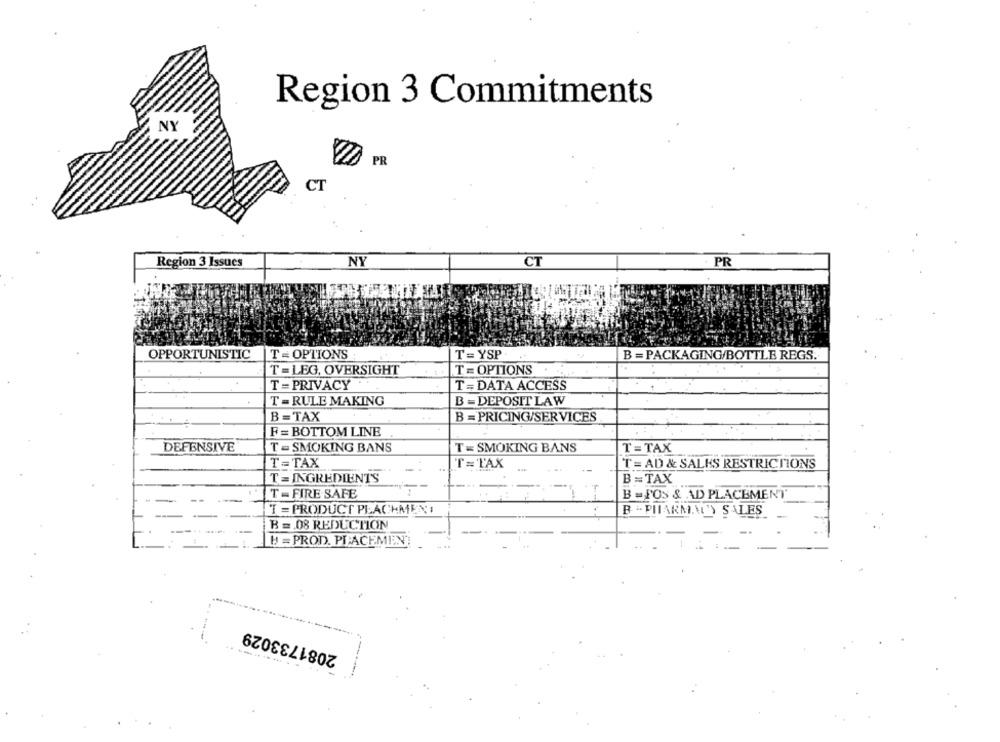
Region 3 Commitments
NY
PR
CT
PR
Region 3 Issues
NY
CT
OPPORTUNISTIC
T = OPTIONS
T = YSP
B =PACKAGING/BOTTLE REGS.
T = LEG. OVERSIGHT
T = OPTIONS
T = PRIVACY
T=DATA ACCESS
B = DEPOSIT LAW
T = RULE MAKING
B =TAX
B = PRICING/SERVICES
F = BOTTOM LINE
DEFENSIVE
T - SMOKING BANS
T = SMOKING BANS
T =TAX
T =TAX
T=TAX
T = AD & SALES RESTRICTIONS
T =INGREDIENTS
B = TAX
T - FIRE SAFE
B =FOS & AD PLACEMENT
T = PRODUCT PLACHMEN!
B .PHARML'Y SALES
B =. 08 REDUCTION
BE PROD. PLACEMENT
2081733029